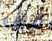
قبل